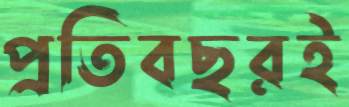
প্রতিবছরই